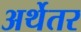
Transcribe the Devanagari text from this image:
अर्थेतर